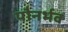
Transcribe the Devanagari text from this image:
पौनर्भव